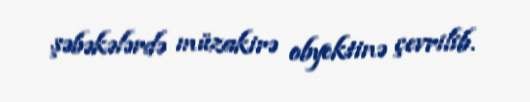
şəbəkələrdə müzakirə obyektinə çevrilib.